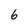
Character: 6